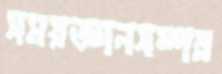
সময়জ্ঞানসম্পন্ন